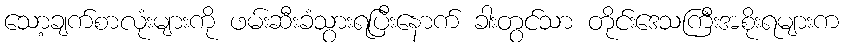
သော့ချက်စာလုံးများကို ဖမ်းဆီးခံသွားရပြီးနောက် ခါးတွင်သာ တိုင်းဒေသကြီးအစိုးရများက